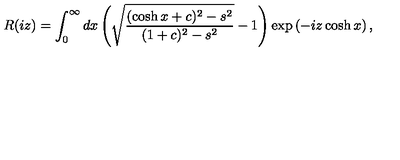
R ( i z ) = \int _ { 0 } ^ { \infty } d x \left( \sqrt { \frac { ( \cosh x + c ) ^ { 2 } - s ^ { 2 } } { ( 1 + c ) ^ { 2 } - s ^ { 2 } } } - 1 \right) \exp \left( - i z \cosh x \right) ,